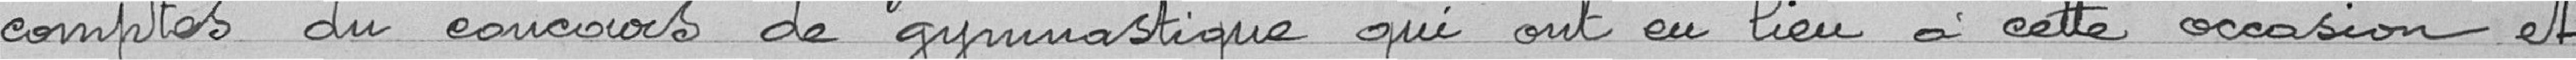
des comptes du concours de gymnastique qui ont eu lieu à cette occasion et